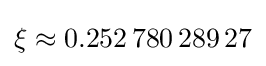
\xi \approx 0.252\,780\,289\,27